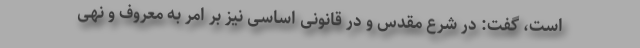
است، گفت: در شرع مقدس و در قانونی اساسی نیز بر امر به معروف و نهی